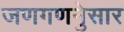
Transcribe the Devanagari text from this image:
जणगणनेुसार